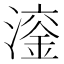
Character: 𪷙